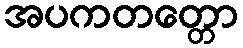
အပကတတ္တော